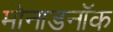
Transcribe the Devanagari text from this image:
मोनाडनॉक